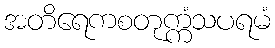
အတိရေကစတုက္ကံသပရမံ